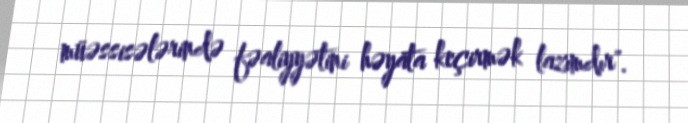
müəssisələrində fəaliyyətini həyata keçirmək lazımdır".